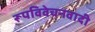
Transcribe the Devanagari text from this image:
रूपविवेचनवादी